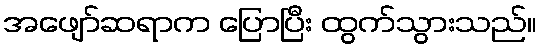
အဖျော်ဆရာက ပြောပြီး ထွက်သွားသည်။